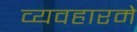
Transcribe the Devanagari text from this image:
व्यवहारमे